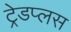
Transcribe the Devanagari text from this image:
ट्रेडप्लस